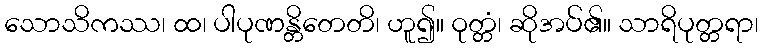
သောသိကဿ၊ ထ၊ ပါပုဏန္တိတေတိ၊ ဟူ၍။ ဝုတ္တံ၊ ဆိုအပ်၏။ သာရိပုတ္တရာ၊